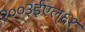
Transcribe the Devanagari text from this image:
२००३ईएल्‌६१